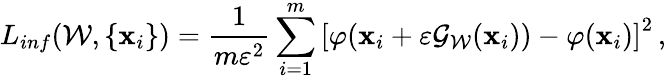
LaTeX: L_{inf}(\mathcal W,\{ \mathbf x_{i}\} )=\frac{1}{m\varepsilon^{2}}\sum_{i=1}^{m}\left[\varphi(\mathbf{x}_{i}+\varepsilon{\mathcal G}_{\mathcal W}(\mathbf{x}_{i}))-\varphi(\mathbf{x}_{i})\right]^{2}\, ,